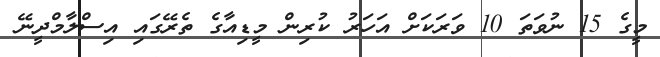
މީގެ 15 ނުވަތަ 10 ވަރަކަށް އަހަރު ކުރިން މީޑިއާގެ ތެރޭގައި އިސްލާމްދީނޭ